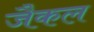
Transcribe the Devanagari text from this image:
जैकल